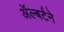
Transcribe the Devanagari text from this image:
ॲल्बर्टने